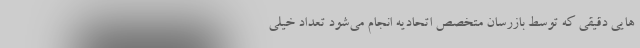
هایی دقیقی که توسط بازرسان متخصص اتحادیه انجام می‌شود تعداد خیلی